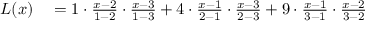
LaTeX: \begin{array} { r l } { L ( x ) } & { { } = { 1 } \cdot { \frac { x - 2 } { 1 - 2 } } \cdot { \frac { x - 3 } { 1 - 3 } } + { 4 } \cdot { \frac { x - 1 } { 2 - 1 } } \cdot { \frac { x - 3 } { 2 - 3 } } + { 9 } \cdot { \frac { x - 1 } { 3 - 1 } } \cdot { \frac { x - 2 } { 3 - 2 } } } \end{array}